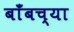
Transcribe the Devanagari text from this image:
बाँबच्या